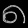
Digit: ၈